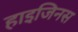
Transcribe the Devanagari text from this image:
हाइजिनस